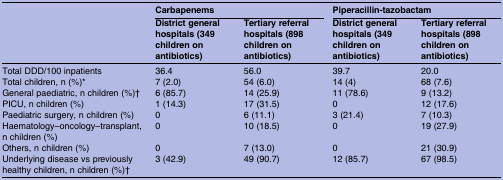
<table><thead><tr><td></td><td colspan="2"><b>Carbapenems</b></td><td colspan="2"><b>Piperacillin-tazobactam</b></td></tr><tr><td></td><td><b>District general hospitals (349 children on antibiotics)</b></td><td><b>Tertiary referral hospitals (898 children on antibiotics)</b></td><td><b>District general hospitals (349 children on antibiotics)</b></td><td><b>Tertiary referral hospitals (898 children on antibiotics)</b></td></tr></thead><tbody><tr><td>Total DDD/100 inpatients</td><td>36.4</td><td>56.0</td><td>39.7</td><td>20.0</td></tr><tr><td>Total children, n (%)*</td><td>7 (2.0)</td><td>54 (6.0)</td><td>14 (4)</td><td>68 (7.6)</td></tr><tr><td>General paediatric, n children (%)†</td><td>6 (85.7)</td><td>14 (25.9)</td><td>11 (78.6)</td><td>9 (13.2)</td></tr><tr><td>PICU, n children (%)</td><td>1 (14.3)</td><td>17 (31.5)</td><td>0</td><td>12 (17.6)</td></tr><tr><td>Paediatric surgery, n children (%)</td><td>0</td><td>6 (11.1)</td><td>3 (21.4)</td><td>7 (10.3)</td></tr><tr><td>Haematology–oncology–transplant, n children (%)</td><td>0</td><td>10 (18.5)</td><td>0</td><td>19 (27.9)</td></tr><tr><td>Others, n children (%)</td><td>0</td><td>7 (13.0)</td><td>0</td><td>21 (30.9)</td></tr><tr><td>Underlying disease vs previously healthy children, n children (%)†</td><td>3 (42.9)</td><td>49 (90.7)</td><td>12 (85.7)</td><td>67 (98.5)</td></tr></tbody></table>